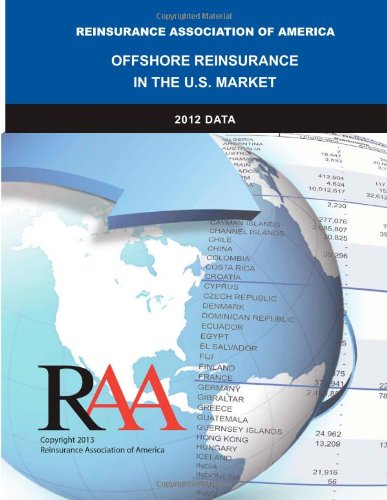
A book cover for Offshore Reinsurance in the U.S. Market - 2012 Data; Reinsurance Association of America; Business & Money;